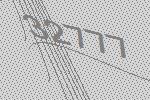
32777